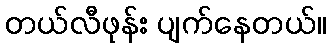
တယ်လီဖုန်း ပျက်နေတယ်။